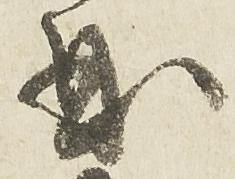
曲